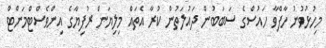
މިހުޅުވުނު ހާފްވާ ހައުސްގެ ސަބަބުން ދައުލަތުން ކުރާ އެތައް މިލިޔަން ރުފިޔާގެ އިންވެސްޓްމަންޓް